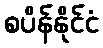
စပိန်နိုင်ငံ